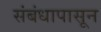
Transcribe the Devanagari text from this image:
संबंधापासून